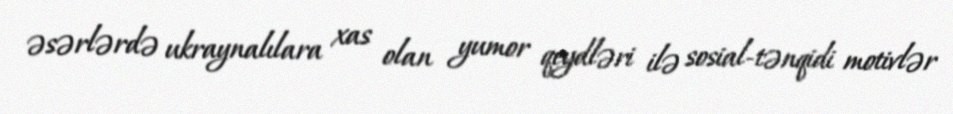
əsərlərdə ukraynalılara xas olan yumor qeydləri ilə sosial-tənqidi motivlər